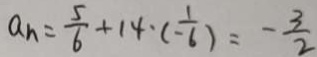
a _ { n } = \frac { 5 } { 6 } + 1 4 \cdot ( - \frac { 1 } { 6 } ) = - \frac { 3 } { 2 }